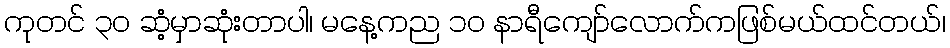
ကုတင် ၃၀ ဆံ့မှာဆုံးတာပါ၊ မနေ့ကည ၁၀ နာရီကျော်လောက်ကဖြစ်မယ်ထင်တယ်၊